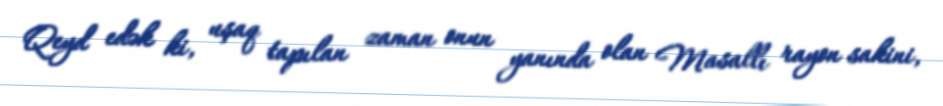
Qeyd edək ki, uşaq tapılan zaman onun yanında olan Masallı rayon sakini,